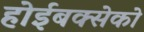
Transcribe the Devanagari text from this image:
होईबक्सेको